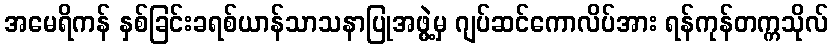
အမေရိကန် နှစ်ခြင်းခရစ်ယာန်သာသနာပြုအဖွဲ့မှ ဂျပ်ဆင်ကောလိပ်အား ရန်ကုန်တက္ကသိုလ်